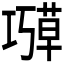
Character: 𫶱